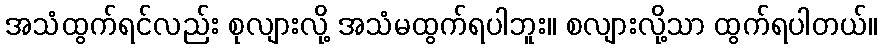
အသံထွက်ရင်လည်း စုလျားလို့ အသံမထွက်ရပါဘူး။ စလျားလို့သာ ထွက်ရပါတယ်။